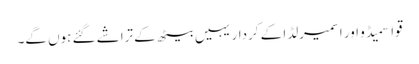
قواسمیڈو اور اسمیرلڈا کے کردار یہیں بیٹھ کے تراشے گئے ہوں گے۔